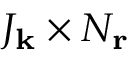
J _ { \mathbf { k } } \times N _ { \mathbf { r } }